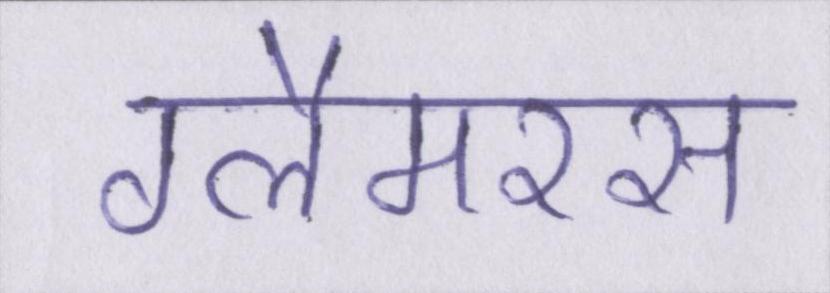
ग्लैमरस